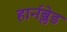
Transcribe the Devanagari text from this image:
हार्नब्लेड